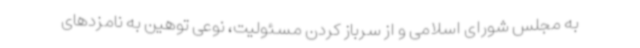
به مجلس شورای اسلامی و از سرباز کردن مسئولیت، نوعی توهین به نامزدهای